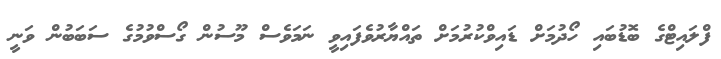
ފްލައިޓްގެ ބޮޑުބައި ހޯދުމަށް ޑައިވްކުރުމަށް ތައްޔާރުވެފައިވީ ނަމަވެސް މޫސުން ގޯސްވުމުގެ ސަބަބުން ވަނީ